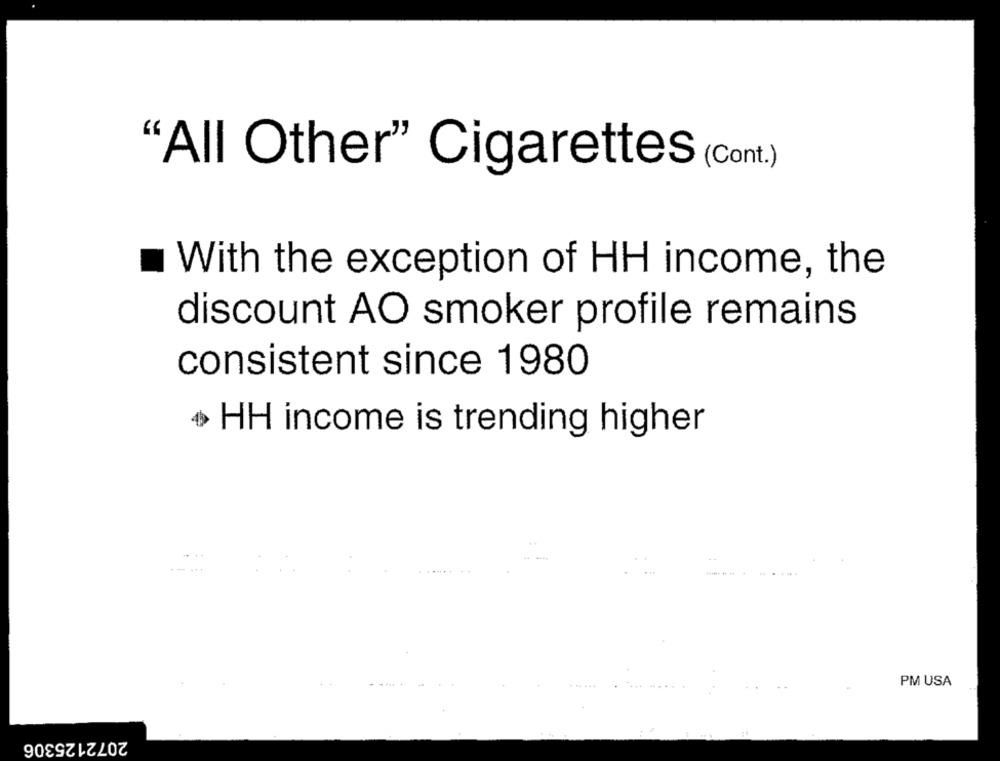
"All Other" Cigarettes (Cont.)
With the exception of HH income, the
discount AO smoker profile remains
consistent since 1980
+ HH income is trending higher
PM USA
2072125306